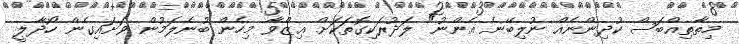
މިތާތިއްބަސް ކުދިންނެއް ނުލިބޭނެ އެންނު" ލަދުރަކިގޮތަކަށް ޢިޒްވާ މިހެން ބުނެލަމުން ވަށައިގެން ހޯދާލީ